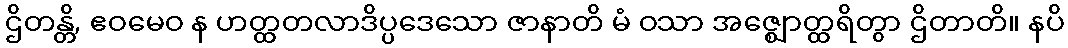
ဌိတန္တိ, ဧဝမေဝ န ဟတ္ထတလာဒိပ္ပဒေသော ဇာနာတိ မံ ဝသာ အဇ္ဈောတ္ထရိတွာ ဌိတာတိ။ နပိ